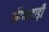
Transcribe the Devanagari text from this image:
आँगनवाड़ी